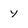
Character: y